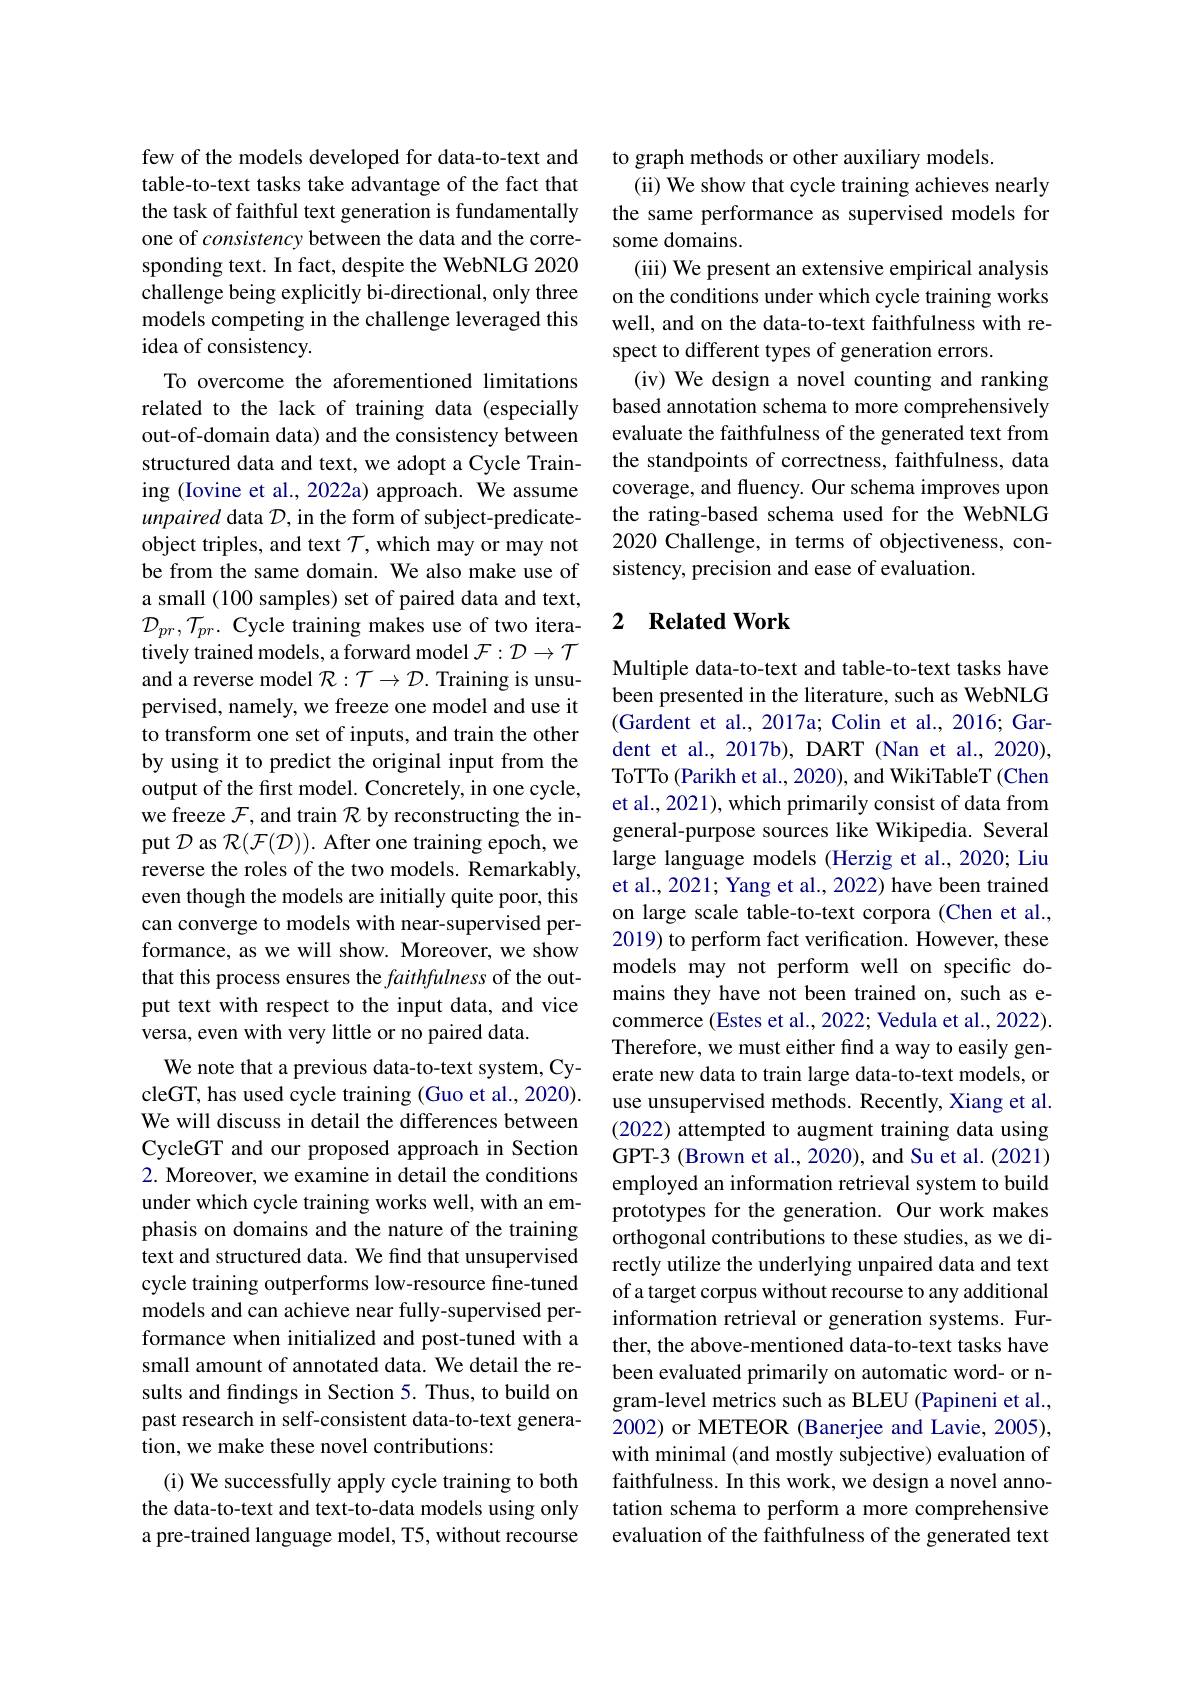
few of the models developed for data-to-text and table-to-text tasks take advantage of the fact that the task of faithful text generation is fundamentally one of consistency between the data and the corresponding text. In fact, despite the WebNLG 2020 challenge being explicitly bi-directional, only three models competing in the challenge leveraged this idea of consistency.
To overcome the aforementioned limitations related to the lack of training data (especially out-of-domain data) and the consistency between structured data and text, we adopt a Cycle Training (Iovine et al., 2022a) approach. We assume unpaired data $\mathcal{D}$, in the form of subject-predicateobject triples, and text $\mathcal{T}$, which may or may not be from the same domain. We also make use of a small (100 samples) set of paired data and text, $\mathcal{D}_{pr},\mathcal{T}_{pr}.$ Cycle training makes use of two iteratively trained models, a forward model $\mathcal{F}:\mathcal{D}\to\mathcal{T}$ and a reverse model $\mathcal{R}:\mathcal{T}\to\mathcal{D}.$ Training is unsupervised, namely, we freeze one model and use it to transform one set of inputs, and train the other by using it to predict the original input from the output of the first model. Concretely, in one cycle, we freeze $\mathcal{F}$,and train $\mathcal{R}$ by reconstructing the input $\mathcal{D}$ as $\mathcal{R}(\mathcal{F}(\mathcal{D})).$ After one training epoch, we reverse the roles of the two models. Remarkably, even though the models are initially quite poor, this can converge to models with near-supervised performance, as we will show. Moreover, we show that this process ensures the faithfulness of the output text with respect to the input data, and vice versa, even with very little or no paired data.
We note that a previous data-to-text system, CycleGT, has used cycle training (Guo et al., 2020). We will discuss in detail the differences between CycleGT and our proposed approach in Section 2. Moreover, we examine in detail the conditions under which cycle training works well, with an emphasis on domains and the nature of the training text and structured data. We find that unsupervised cycle training outperforms low-resource fine-tuned models and can achieve near fully-supervised performance when initialized and post-tuned with a small amount of annotated data. We detail the results and findings in Section 5. Thus, to build on past research in self-consistent data-to-text generation, we make these novel contributions:
(i) We successfully apply cycle training to both the data-to-text and text-to-data models using only a pre-trained language model, T5, without recourse

to graph methods or other auxiliary models.
(ii) We show that cycle training achieves nearly the same performance as supervised models for some domains
(iii) We present an extensive empirical analysis on the conditions under which cycle training works well, and on the data-to-text faithfulness with respect to different types of generation errors.
(iv) We design a novel counting and ranking based annotation schema to more comprehensively evaluate the faithfulness of the generated text from the standpoints of correctness, faithfulness, data coverage, and fluency. Our schema improves upon the rating-based schema used for the WebNLG 2020 Challenge, in terms of objectiveness, consistency, precision and ease of evaluation.

### 2 $\textbf{Related Work}$

Multiple data-to-text and table-to-text tasks have been presented in the literature, such as WebNLG (Gardent et al., 2017a; Colin et al., 2016; Gardent et al., 2017b), DART (Nan et al., 2020), ToTTo (Parikh et al., 2020), and WikiTableT (Chen et al., 2021), which primarily consist of data from general-purpose sources like Wikipedia. Several large language models (Herzig et al., 2020; Liu et al., 2021; Yang et al., 2022) have been trained on large scale table-to-text corpora (Chen et al., 2019) to perform fact verification. However, these models may not perform well on specific domains they have not been trained on, such as ecommerce (Estes et al., 2022; Vedula et al., 2022). Therefore, we must either find a way to easily generate new data to train large data-to-text models, or use unsupervised methods. Recently, Xiang et al. (2022) attempted to augment training data using GPT-3 (Brown et al., 2020), and Su et al. (2021) employed an information retrieval system to build prototypes for the generation. Our work makes orthogonal contributions to these studies, as we directly utilize the underlying unpaired data and text of a target corpus without recourse to any additional information retrieval or generation systems. Further, the above-mentioned data-to-text tasks have been evaluated primarily on automatic word- or ngram-level metrics such as BLEU (Papineni et al., 2002) or METEOR (Banerjee and Lavie, 2005), with minimal (and mostly subjective) evaluation of faithfulness. In this work, we design a novel annotation schema to perform a more comprehensive evaluation of the faithfulness of the generated text